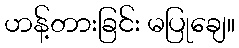
ဟန့်တားခြင်း မပြုချေ။